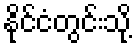
နိုင်ငံတွင်းသို့